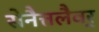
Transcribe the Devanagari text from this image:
सेनैत्तलैवर्